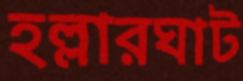
হল্লারঘাট